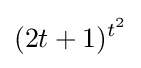
(2t+1)^{t^{2}}